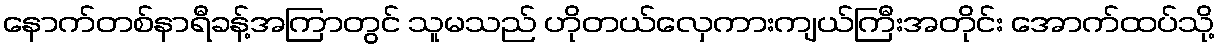
နောက်တစ်နာရီခန့်အကြာတွင် သူမသည် ဟိုတယ်လှေကားကျယ်ကြီးအတိုင်း အောက်ထပ်သို့